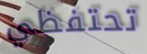
تحتفظي